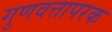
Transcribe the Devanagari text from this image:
गुणवत्तापरक